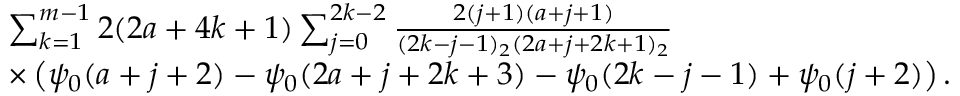
\begin{array} { r l } { \! \! \! \! \! \! \! \! \! \! \! \! \! \! \! \! \! \! \! \! \! \! \! } & { \sum _ { k = 1 } ^ { m - 1 } 2 ( 2 a + 4 k + 1 ) \sum _ { j = 0 } ^ { 2 k - 2 } \frac { 2 ( j + 1 ) ( a + j + 1 ) } { ( 2 k - j - 1 ) _ { 2 } ( 2 a + j + 2 k + 1 ) _ { 2 } } } \\ { \! \! \! \! \! \! \! \! \! \! \! \! \! \! \! \! \! \! \! \! \! \! \! } & { \times \left( \psi _ { 0 } ( a + j + 2 ) - \psi _ { 0 } ( 2 a + j + 2 k + 3 ) - \psi _ { 0 } ( 2 k - j - 1 ) + \psi _ { 0 } ( j + 2 ) \right) . } \end{array}